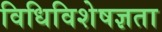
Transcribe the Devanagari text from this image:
विधिविशेषज्ञता